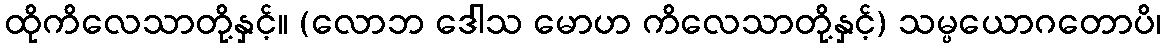
ထိုကိလေသာတို့နှင့်။ (လောဘ ဒေါသ မောဟ ကိလေသာတို့နှင့်) သမ္ပယောဂတောပိ၊